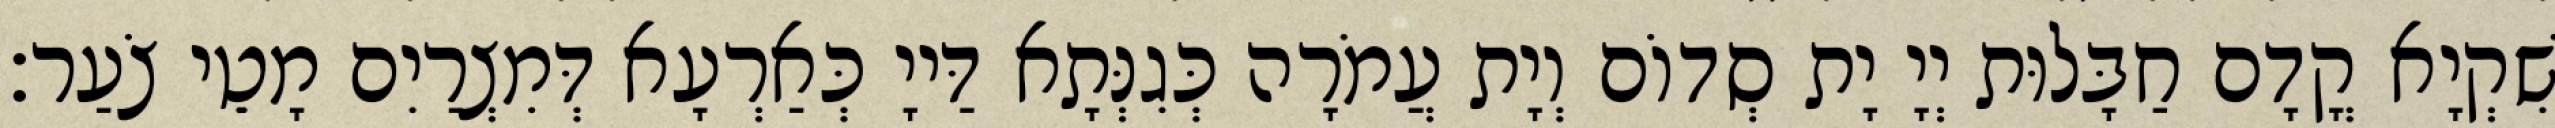
שִׁקְיָא קֳדָם חַבָּלוּת יְיָ יָת סְדוֹם וְיָת עֲמֹרָה כְּגִנְּתָא דַּייָ כְּאַרְעָא דְּמִצְרַיִם מָטֵי צֹעַר׃